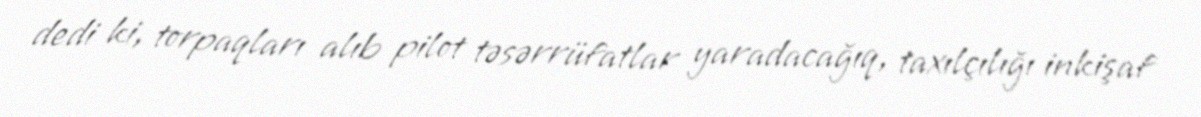
dedi ki, torpaqları alıb pilot təsərrüfatlar yaradacağıq, taxılçılığı inkişaf